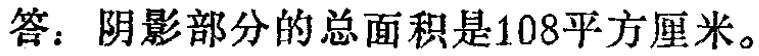
答：阴影部分的总面积是108平方厘米。